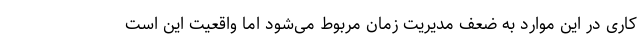
کاری در این موارد به ضعف مدیریت زمان مربوط می‌شود اما واقعیت این است